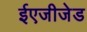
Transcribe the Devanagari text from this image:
ईएजीजेड